Vital statistics of India. Vol. IV, Annual returns from 1871 to 1876. British Army of India, Native Army and jails of Bengal
Year: 1871
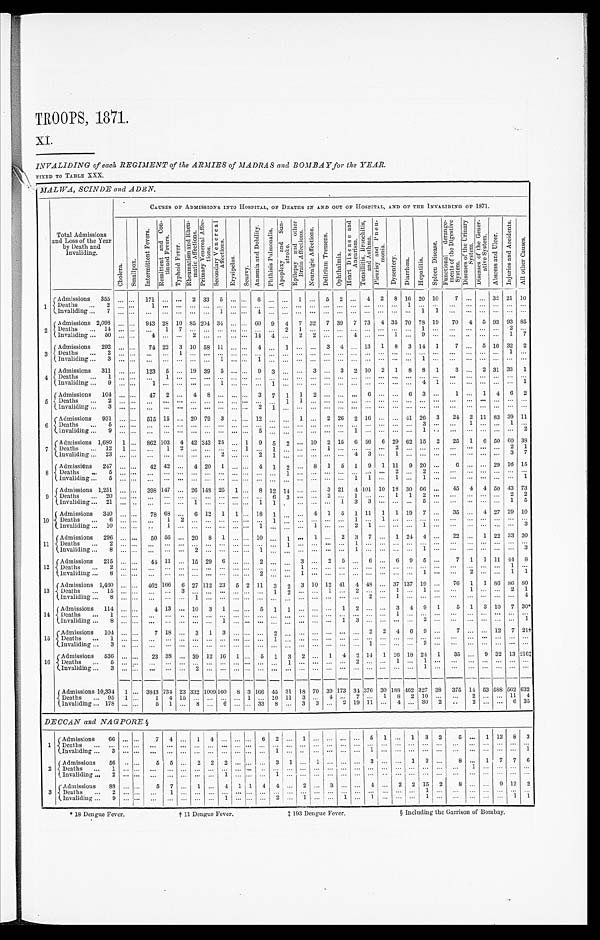
TROOPS, 1871.
XI.
INVALIDING of each REGIMENT of the ARMIES of MADRA S and BOMBAY for the YEAR.
FIXED TO TABLE XXX
.
MALWA, SINDE and ADEN.
Total Admissions
and Loss of the Year
by Death and
Invaliding.
CAUSES OF ADMISSIONS INTO HOSPITAL, OF DEATHS IN AND OUT OF HOSPITAL, AND OF THE INVALIDING OF 1871.
C h o l e r a . S m a l l p o x .
I n t e r m i t t e n t F e v e r s .
R e m i t t e n t a n d C o n - t i n u e d F e v e r .
T y p h o i d F e v e r .
R h e u m a t i s m a n d R h e u - m a t i c A f f e c t i o n s .
P r i m a r y V e n e r e a l A f f e c - t i o n s S e c o n d a r y V e n o r e a l A f f e c t i o n s .
E r y s i p e l a s .
S c u r v y .
A n æ m i a a n d D e b i l i t y .
P h t h i s i s P u l m o n a l i s .
A p o p l e x y a n d S u n - s t r o k e .
E p i l e p s y a n d o t h e r B r a i n A f f e c t i o n s .
N e u r a l g i c A f f e c t i o n s .
D e l i r i u m T r e m e n s .
O p h t h a l m i a .
H e a r t D i s e a s e a n d A n e u r i s m . T o n s i l l i t i s , B r o n e h i t i s , a n d A s t h m a . P l e u r i s y a n d P n e u - m o n i a .
D y s e n t e r y . D i a r r h œ a . H e p a t i t i s .
S p l e e n D i s e a s e .
F u n c t i o n a l d e r a n g e - m e n t s o f t h e D i g e s t i v e S y s t e m .
D i s e a s e s o f t h e U r i n a r y S y s t e m . D i s e a s e s o f t h e G e n e r - a t i v e S y s t e m .
A b s c e s s a n d U l c e r .
I n j u r i e s a n d A c c i d e n t s .
A l l o t h e r C a u s e s .
1
Admissions 355
. . . . . . 171
. . . ... 2 33 5 . . . . . . 6
. . . . . . 1 . . . 5 2 . . . 4 2 8
1 6 20 10
7 ... ... 32 21 10
Deaths 2 ... . . .
1 ...
. . . . . . . . . . . . . . . . . . . . . . . . ... ... ... ... ... ... ... ... ...
1 . . .
...
. . . . . . . . . . . . ... ...
I n v a l i d i n g 7 . . . . . .
. . . . . . . . . . . . . . . 1 . . . . . . 4 . . . . . .
. . . . . .
. . . . . . . . . . . . . . . . . . . . . 1 1
. . .
. . . . . . . . . ... ...
2
Admissions 2,098 ... . . . 943 28 10 85 204 34 ... ... 60 9 4 7 32 7 39 7 73 4 35 70 78 19 70 4 5 93 93 85
Deaths 14 . . . . . .
. . . 1 7 . . . . . . . . . . . . . . . . . . . . . 2 1 . . . . . . . . . . . . . . . . . . . . . . . . 1 ...
. . . . . . . . . . . .
2
. . .
Invaliding 50 . . . . . .
4 . . . . . . 2 . . . . . . . . . . . . 1 4 4 . . . 2 2 . . . . . . 4 . . . . . . 1 . . . 9 ...
. . . . . . . . . . .
1
7
3
Admissions 292
. . . . . . 74 22 3 10 58 11 . . . ... 4 . . . 1
. . . . . . 3 4 ... 13 1 8 3 14 1
7 ... 5 16 32 2
Deaths
2 . . . . . .
. . . . . . 1 . . . . . . . . . . . . . . . . . . . . . . . . . . . . . . . . . . . . . . . ... ... ... ... ... ... ... ... ... ... 1 ...
Invaliding 3 . . . . . .
. . . . . . . . . . . . . . . 1 . . . . . . 1 . . . . . . . . . . . . . . . . . . . . . . . . . . . . . . . . . 1 ...
. . . ... ... ... ... ...
4
Admissions 311 . . . . . . 123 5 ... 19 39 5 ... . . . 9 3
. . . . . . 3 ... 3 2 10 2 1 8 8 1
3 ... 2 31 33 1
Deaths
1
. . . . . . . . .
1 . . . . . . . . . . . . . . . . . . . . . . . . . . . . . . . . . . . . . . . . . . . . . . . . . . . . . . . . . ... . . .
. . . . . . . . . ...
. . .
Invaliding 9
. . . . . .
1
. . . . . . . . . . . . 1 . . . . . . . . . 1 . . . . . . . . . . . . . . . . . . . . . . . . . . . . . . 4 1
. . .
. . . . . . . . .
...
1
5
Admissions 104 . . . . . . 47 2 ... 4 8 ... ... ... 3 7 1 1 2
. . . . . . . . . 6 . . . ... 6 3 ...
1 ... 1 4 6 2
D e a t h s 2 . . . . . .
. . . . . . . . . . . . . . . . . . . . . . . . . . . . . . 1 1 . . . . . . . . . . . . . . . . . . . . . . . . . . .
...
. . . . . . . . . . . . . . .
. . .
Invaliding 3
. . . . . .
. . . . . . . . . . . . . . . . . . . . . . . . 2 1 . . . . . . . . . . . . . . . . . . . . . . . . . . . . . . . . . ... . . .
. . . . . . . . . ... . . .
6
Admissions 931
. . . . . . 515 15 ... 20 79 3
. . . . . 12 . . .
. . . 1 . . . 2 26 2 16 ... ... 41 26 3 24 2 11 83 39 11
Deaths 5 . . . . . . . . .
. . . . . . . . . . . . . . . . . . . . . . . . . . . . . . . . . . . . . . . . . . . . . . . . . . . . . . . . . 3 ...
. . . 1 . . . . . .
1
. . .
I n v a l i d i n g 9
. . . . . .
. . .
. . . . . . . . . . . . . . . . . . . . . 5 . . . . . . . . . . . . . . . . . . 1 . . . . . . . . . . . . 1 ...
. . . . . . . . . . . .
...
2
7
Admissions 1,680 1 ... 862 103 4 42 243 25
. . . 1 9 5 2 ... 10 2 15 6 56 6 29 62 15 2 25 1 6 50 60 38
De a t h s 1 2
1 . . .
. . . 1 2 . . . . . . . . . . . . 1 . . . 1 . . . . . . . . . 1 . . . . . . . . . . . . 2 . . . . . .
...
. . . . . . . . . . . . 2 1
I n v a l i d i n g 2 3 . . . . . .
. . . . . . . . . . . . . . . 2 . . . . . . 2 1 . . . . . . . . . . . . . . . . . . 4 3 . . . 1 . . .
...
. . . ... ... ...
3
7
8
Admissions 247
. . . . . . 42 42 ... 4 20 1
. . . . . . 4 1 2
. . . 8 1
5 1 9 1 11 9 20 ...
6 ... ... 29 16 15
Deaths
5 . . . . . .
. . . . . . . . . . . . . . . . . . . . . . . . . . . . . . 1 . . . . . . . . . . . . . . . . . . . . . 2 . . . 2 ...
. . . . . . . . . . . .
...
. . .
I n v a l i d i n g 5 . . . . . .
. . . . . . . . . . . . . . . . . . . . . . . . . . . . . . . . . . . . . . . . . . . . . 1 1 . . . 1 . . . 1 ...
. . . . . . . . . . . .
...
1
9
Admissions 1,251 ... . . . 398 147 ... 26 148 25 1 . . . 8 12 14
. . . . . . 3 21 4 101 10
1 8 30 66 ... 45 4 4 50 43 73
D e a t h s 2 0 . . . . . . .
. . . . . . . . . . . . . . . . . . . . . . . . . . . 6 3 . . . . . . 2 . . . 1 . . . . . . 1 1 2 ... ... ...
. . . ... 2
2
I n v a l i d i n g 2 1 . . . . .
. . . . . . . . . 1 . . . . . . . . . . . . 1 1 . . . . . . . . . . 1 3 3 . . . . . . . . . 5 ...
. . .
. . . . . . . . . 1
5
10 Admissions 340 ... ... 78 63 ... 6 12 1 1 ... 18 1
. . . . . . 4 1 5 1 11 1 1 19 7 ... 35 ... 4 27 29 10
D e a t h s 6 . . . . . .
. . . 1 2 . . . . . . . . . . . . . . . . . . 1 . . . . . . . . . . . . . . . 1 . . . 1
. . . . . . . . .
...
. . . . . . . . . . . .
...
. . .
Invaliding
10 ... . . .
. . 1 . . . . . . . . . . . . . . . . . . 1 . . . . . . . . . 1 . . . . . . 2 1 . . . . . . . . . 1 ...
. . . . . . . . . . . .
...
3
11
Admissions 296
. . . . . .
5 0 56 ...
2 0 8 1 . . . . . . 10
. . . 1
. . . 1
. . . 2 3 7 . . . 1 24 4 ... 22 . . . 1 22 33 30
Deaths 2
. . . . . .
. . . . . . . . . . . . . . .
...
. . . . . . . . . . . . 1 . . . . . . . . . . . . 1 . . . . . . . . . . . . . . .
...
. . . . . . . . . . . . ... . . .
Invaliding 8
. . . . . .
. . .
. . . . . . 2 . . . . . . . . . . . . 1 . . . . . . . . . . . . . . . . . 1 . . . . . . . . . . . . 1 ...
. . . ... ... ... ...
3
12
Admissions 215 ... ... 44 11 ... 15 29 6 ... ... 2
. . . . . . 3 ... 2 5 ... 6 ...
6 9 5 ...
7 1 1 11 44 8
Deaths
2 ... . . .
. . .
. . . . . . . . . . . . . . . . . . . . . . . . . . . ...
1 . . . . . . . . . . . . . . . . . . . . . . . . . . .
...
. . . . . . . . . . . .
1
. . .
I n v a l i d i n g 8 . . . . . .
. . . . . . . . . . . . . . . . . . . . . . . . 2 . . . . . . 1 . . . . . . . . . . . . . . . . . . . . . . . . 1 ...
. . . 2 . . . . . .
1
1
13
Admissions 1,460 . . . . . . 462 166 6 27 112 23 5 2 11 3 2 3 10 12 41 4 48 ... 37 137 19 ... 76 1 1 86 86
8 0
Deaths 15
. . . . . .
. . .
. . . 3 . . . . . . . . . . . . . . . . . . 1 2 . . . . . . 1 . . . 2 . . . . . . 1 . . . 1 ...
. . . 1
. . . . . . 2
1
Invaliding 8
. . . . . . ...
. . . . . . 1 . . . . . . . . . . . . . . . . . . . . . . . . . . . . . . . . . . . . 2 . . . 1 . . . . . .
...
. . . . . . . . . . . . . . .
4
14
Admissions 114 ... ...
4 13 . . . 10 3 1 ... ... 5 1 1 ... ... ... 1 2 . . . . . . 3 4 9 1
5 1 3 10 7 30*
Deaths
1
. . . . . .
. . . . . . . . . . . . . . . . . . . . . . . . . . . . . . . . . . . . . . . . . . . . . . . . . . . . . . 1 . . . . . . . . .
. . . . . . . . . . . . ... . . .
I n v a l i d i n g 8 . . . . . .
. . . . . . . . . . . . . . . 1 . . . . . . . . . . . . . . . . . . . . . . . . 1 3 . . . . . . . . . . . . 2 . . .
. . . . . . . . . . . .
...
1
15
Admissions 104 . . . . . .
7
18 . . . 3
1
3 . . . . . . . . . 2 . . . . . . . . . . . . . . . . . . 2 2 4 6 9 . . .
7 . . . . . . 12 7 21†
Deaths
1
. . . . . .
. . . . . . . . . . . . . . . . . . . . . . . . . . . 1 . . . . . . . . . ...
... ... . . . . . . . . . . . . . . . ...
. . .
. . . . . . . . . ...
. . .
I n v a l i d i n g 3 . . . . . .
. . . . . . . . . . . . . . . . . . . . . . . . . . . . . . . . . . . . . . . . . . . . . . . . 1 . . . . . . . . . 2 ...
. . . . . . . . . . . .
...
. . .
16
Admissions 536
. . . . . . 23 38 ... 39 12 16 1 ... 5 1 3 2 . . . 1 4 2
1 4 1 26 18
2 4 1 35 ... 9 32 13 216‡
Deaths 5
. . . . . .
. . . . . . . . . . . . . . . . . . . . . . . . . . . . . . . . . . . . . . . . . . . . . 2 . . . . . . 1 . . . 1 . . .
. . . . . . . . . . . .
...
. . .
I n v a l i d i n g 3
. . . . . .
. . . . . . . . . 2 . . . . . . . . . . . . . . . . . . ... ... . . . . . . . . . ... ... . . . ...
. . . 1 . . .
. . . . . . . . . . . .
...
. . .
Admissions 10,334 1 ... 3843 734 23 332
1 0 0 9
160 8 3 166 45 31 18 70 39 173 34 376 30 188 462 327 38 375 14 53 588 562 632
Deaths 95 1 . . .
1 4 15 ... ... ... ... 1 . . . 10 11 3 ... 4 ... 7 ... 1 8 2 10 ...
. . . 2 ... ... 11 4
Invaliding 178 . . . . . .
5 1 . . . 8 . . . 6 . . . . . . 33 8 . . . 3 3 . . . 2 19 11 ... 4 ... 30 2 ..
2 ... ...
6
3 5
DECCAN and NAGPORE.§
1
Admissions 66 ... ...
7 4 . . . 1 4 . . . . . . . . . 6 2 . . . 1 . . . . . . . . . . . . 5 1 ... 1 3 2
5 ... 1 12 8 3
Deaths ... . . . . . . .
. . . . . . . . . . . . . . . . . . . . . . . . . . . . . . . . . . . . . . . . . . . . . . . . . . . . . . . . . . . . . . . ...
. . . . . . . . . . . . . . .
. . .
I n v a l i d i n g 3 . . . . . .
. . . . . . . . . . . . . . . . . . . . . . . . . . . 1 . . . . . . . . . . . . . . . . . 1 . . . . . . . . . . . .
...
...
. . . ...
. . . . . .
1
2
Admissions 56 .. ...
5
5 . . . 2 2
2
... ... . . . 3 1 . . . 1 . . . . . . . . . 3 . . . . . . 1 2 ...
8 . . . 1 7 7 6
Deaths 1
. . . . . .
. . . . . . . . . . . . . . . . . . . . . . . . . . . . . . . . . . . . . . . . . . . . . . . . . . . . . . . . . . . . . . . ...
. . . 1 . . . . . . . . .
. . .
I n v a l i d i n g 2
. . . . . .
. . . . . . . . . . . . . . . 1 . . . . . . . . . 1 . . . . . . . . . ... ... ... ... .. ... ... ... ...
. . . . . . ... ...
. . . . . .
Admissions 88 ... ...
5 7 ... 1 ... 4 1
1 4
4
... 2 ... 3 ... ... 4 ... 2 2 15 2
8 ... ... 9 12 2
D e a t h s 2 . . . . . .
. . . 1 . . . . . . . . . . . . . . . . . . . . . . . . . . . . . . . . . . . . . . . . . . . . . . . . . . . . . . 1 ...
. . . . . . . . . . . . . . . . . .
Invaliding 9 . . . ... . . .
. . . . . . . . . . . . 1 . . . . . . . . . 2 . . . 1 . . . . . . 1 . . . 1 . . . . . . . . . 1 ...
. . . . . . . . . ... 1
1
*1S Dengue Fever. † 11 Dengue Fever. ‡193 Dengue Fever. § Including the Garrison of Bombay.